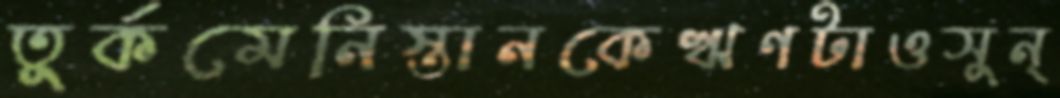
তুর্কমেনিস্তানকেঋণটাওসুন্